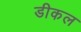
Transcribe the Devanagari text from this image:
डीकल